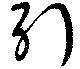
引